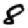
Digit: 8